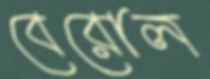
বেরোল